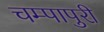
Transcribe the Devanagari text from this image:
चम्‍पापुरी